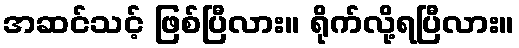
အဆင်သင့် ဖြစ်ပြီလား။ ရိုက်လို့ရပြီလား။